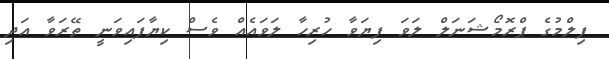
ފިލްމުގެ ޕްރޮމޯޝަނަލް ލަވަ ފިޔަވާ ހުރިހާ ލަވައެއް ވެސް ކިޔާފައިވަނީ ތޭރަވާ އަދި